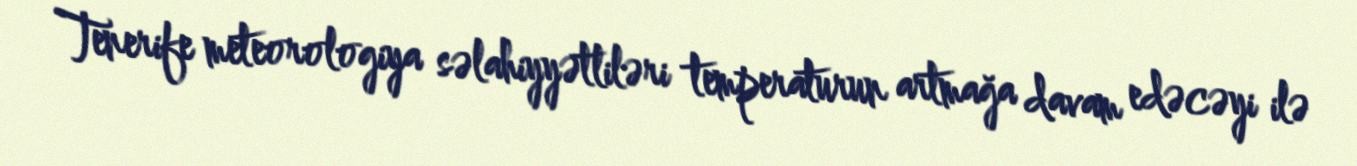
Tenerife meteorologiya səlahiyyətliləri temperaturun artmağa davam edəcəyi ilə